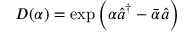
D ( \alpha ) = \exp \Big ( \alpha \hat { a } ^ { \dagger } - \bar { \alpha } \hat { a } \Big )